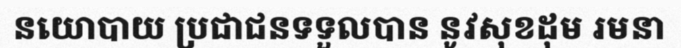
នយោបាយ ប្រជាជនទទួលបាន នូវសុខដុម រមនា